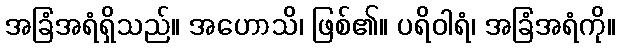
အခြံအရံရှိသည်။ အဟောသိ၊ ဖြစ်၏။ ပရိဝါရံ၊ အခြံအရံကို။